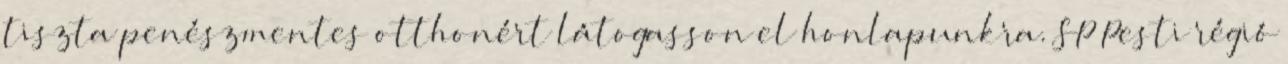
tiszta penészmentes otthonért látogasson el honlapunkra. SP Pesti régió